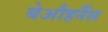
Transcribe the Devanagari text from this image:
बेऔहर्नैस